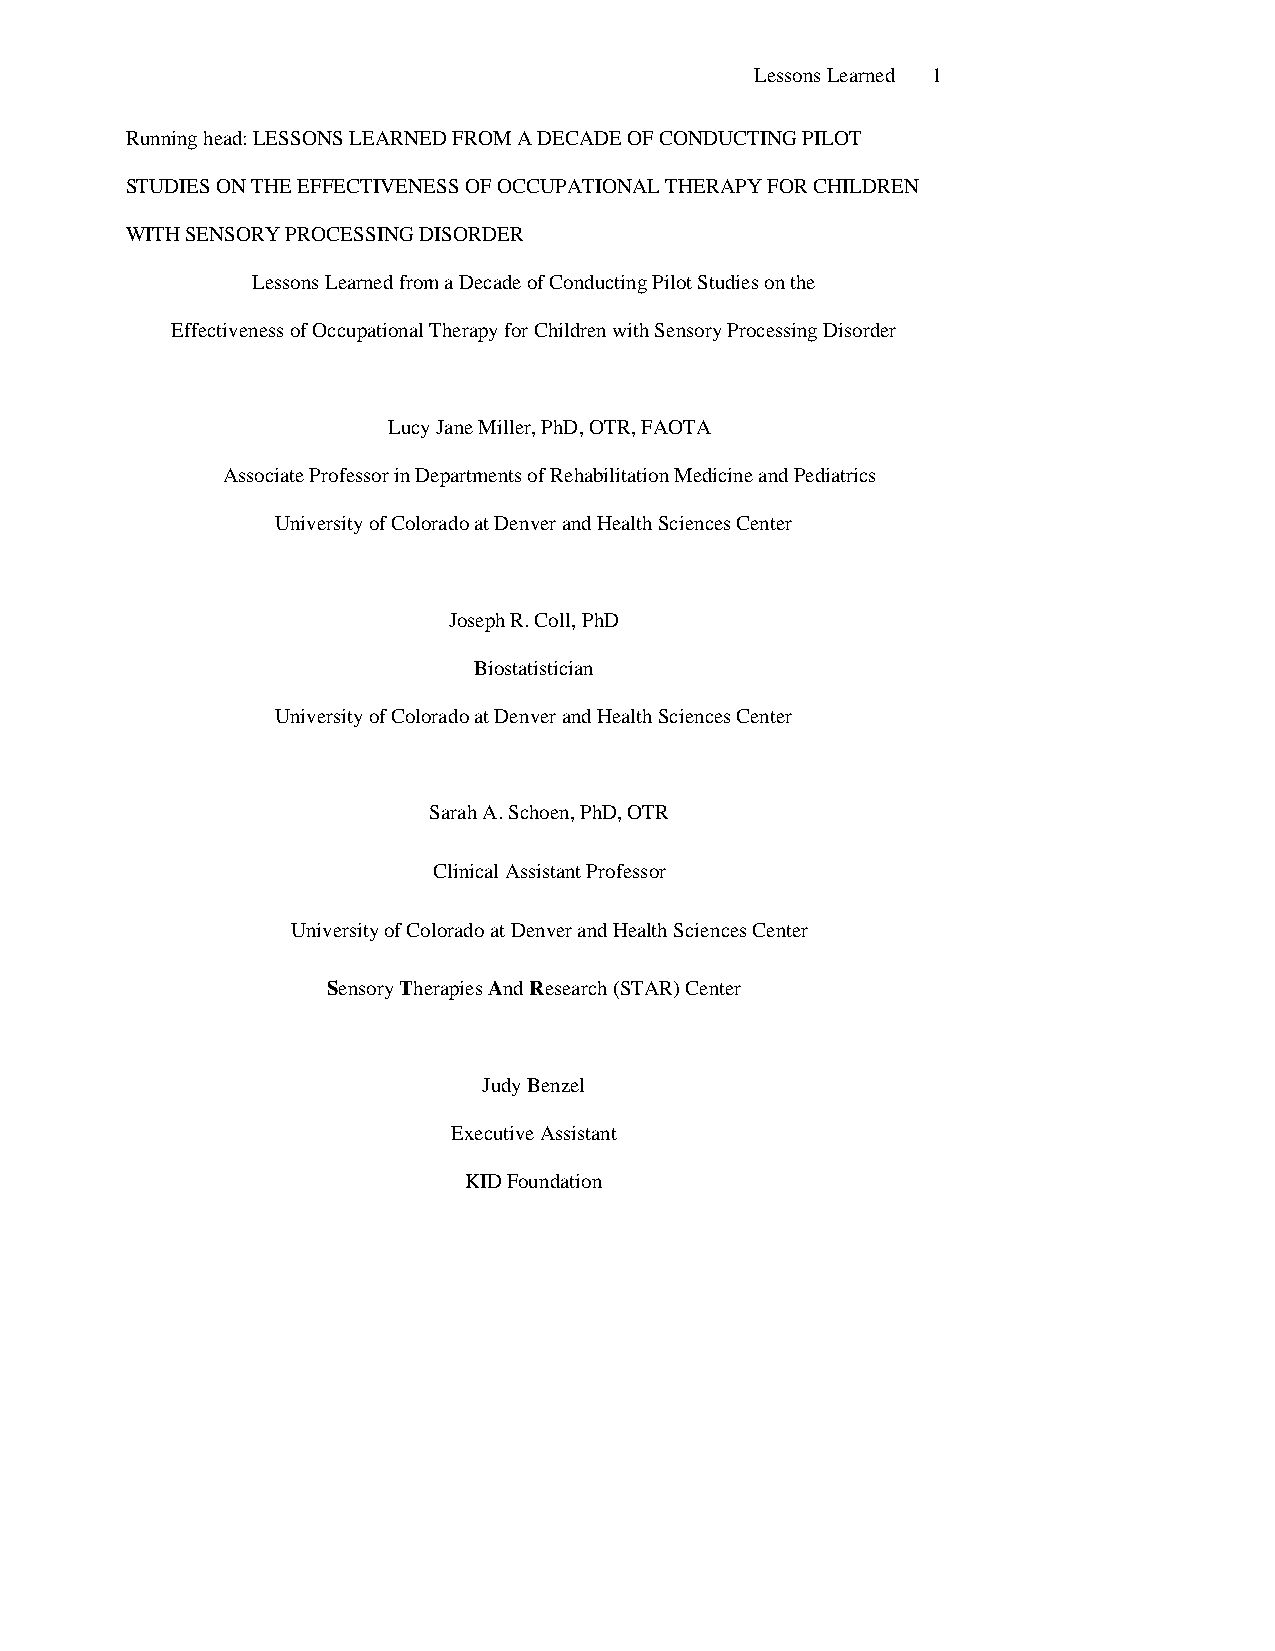
Lessons Learned 1
 Running head: LESSONS LEARNED FROM A DECADE OF CONDUCTING PILOT
 STUDIES ON THE EFFECTIVENESS OF OCCUPATIONAL THERAPY FOR CHILDREN
 WITH SENSORY PROCESSING DISORDER
 Lessons Learned from a Decade of Conducting Pilot Studies on the
 Effectiveness of Occupational Therapy for Children with Sensory Processing Disorder
 Lucy Jane Miller, PhD, OTR, FAOTA
 Associate Professor in Departments of Rehabilitation Medicine and Pediatrics
 University of Colorado at Denver and Health Sciences Center
 Joseph R. Coll, PhD
 Biostatistician
 University of Colorado at Denver and Health Sciences Center
 Sarah A. Schoen, PhD, OTR
 Clinical Assistant Professor
 University of Colorado at Denver and Health Sciences Center
 Sensory Therapies And Research (STAR) Center
 Judy Benzel
 Executive Assistant
 KID Foundation